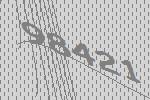
98421